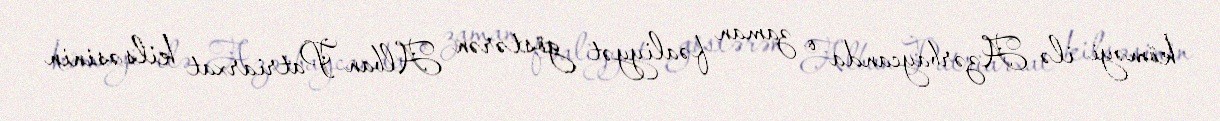
köməyi ilə Azərbaycanda o zaman fəaliyyət göstərən Alban Patriarxat kilsəsinin